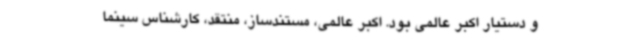
و دستیار اکبر عالمی بود. اکبر عالمی، مستندساز، منتقد، کارشناس سینما